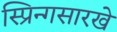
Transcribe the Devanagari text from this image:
स्प्रिन्गसारखे